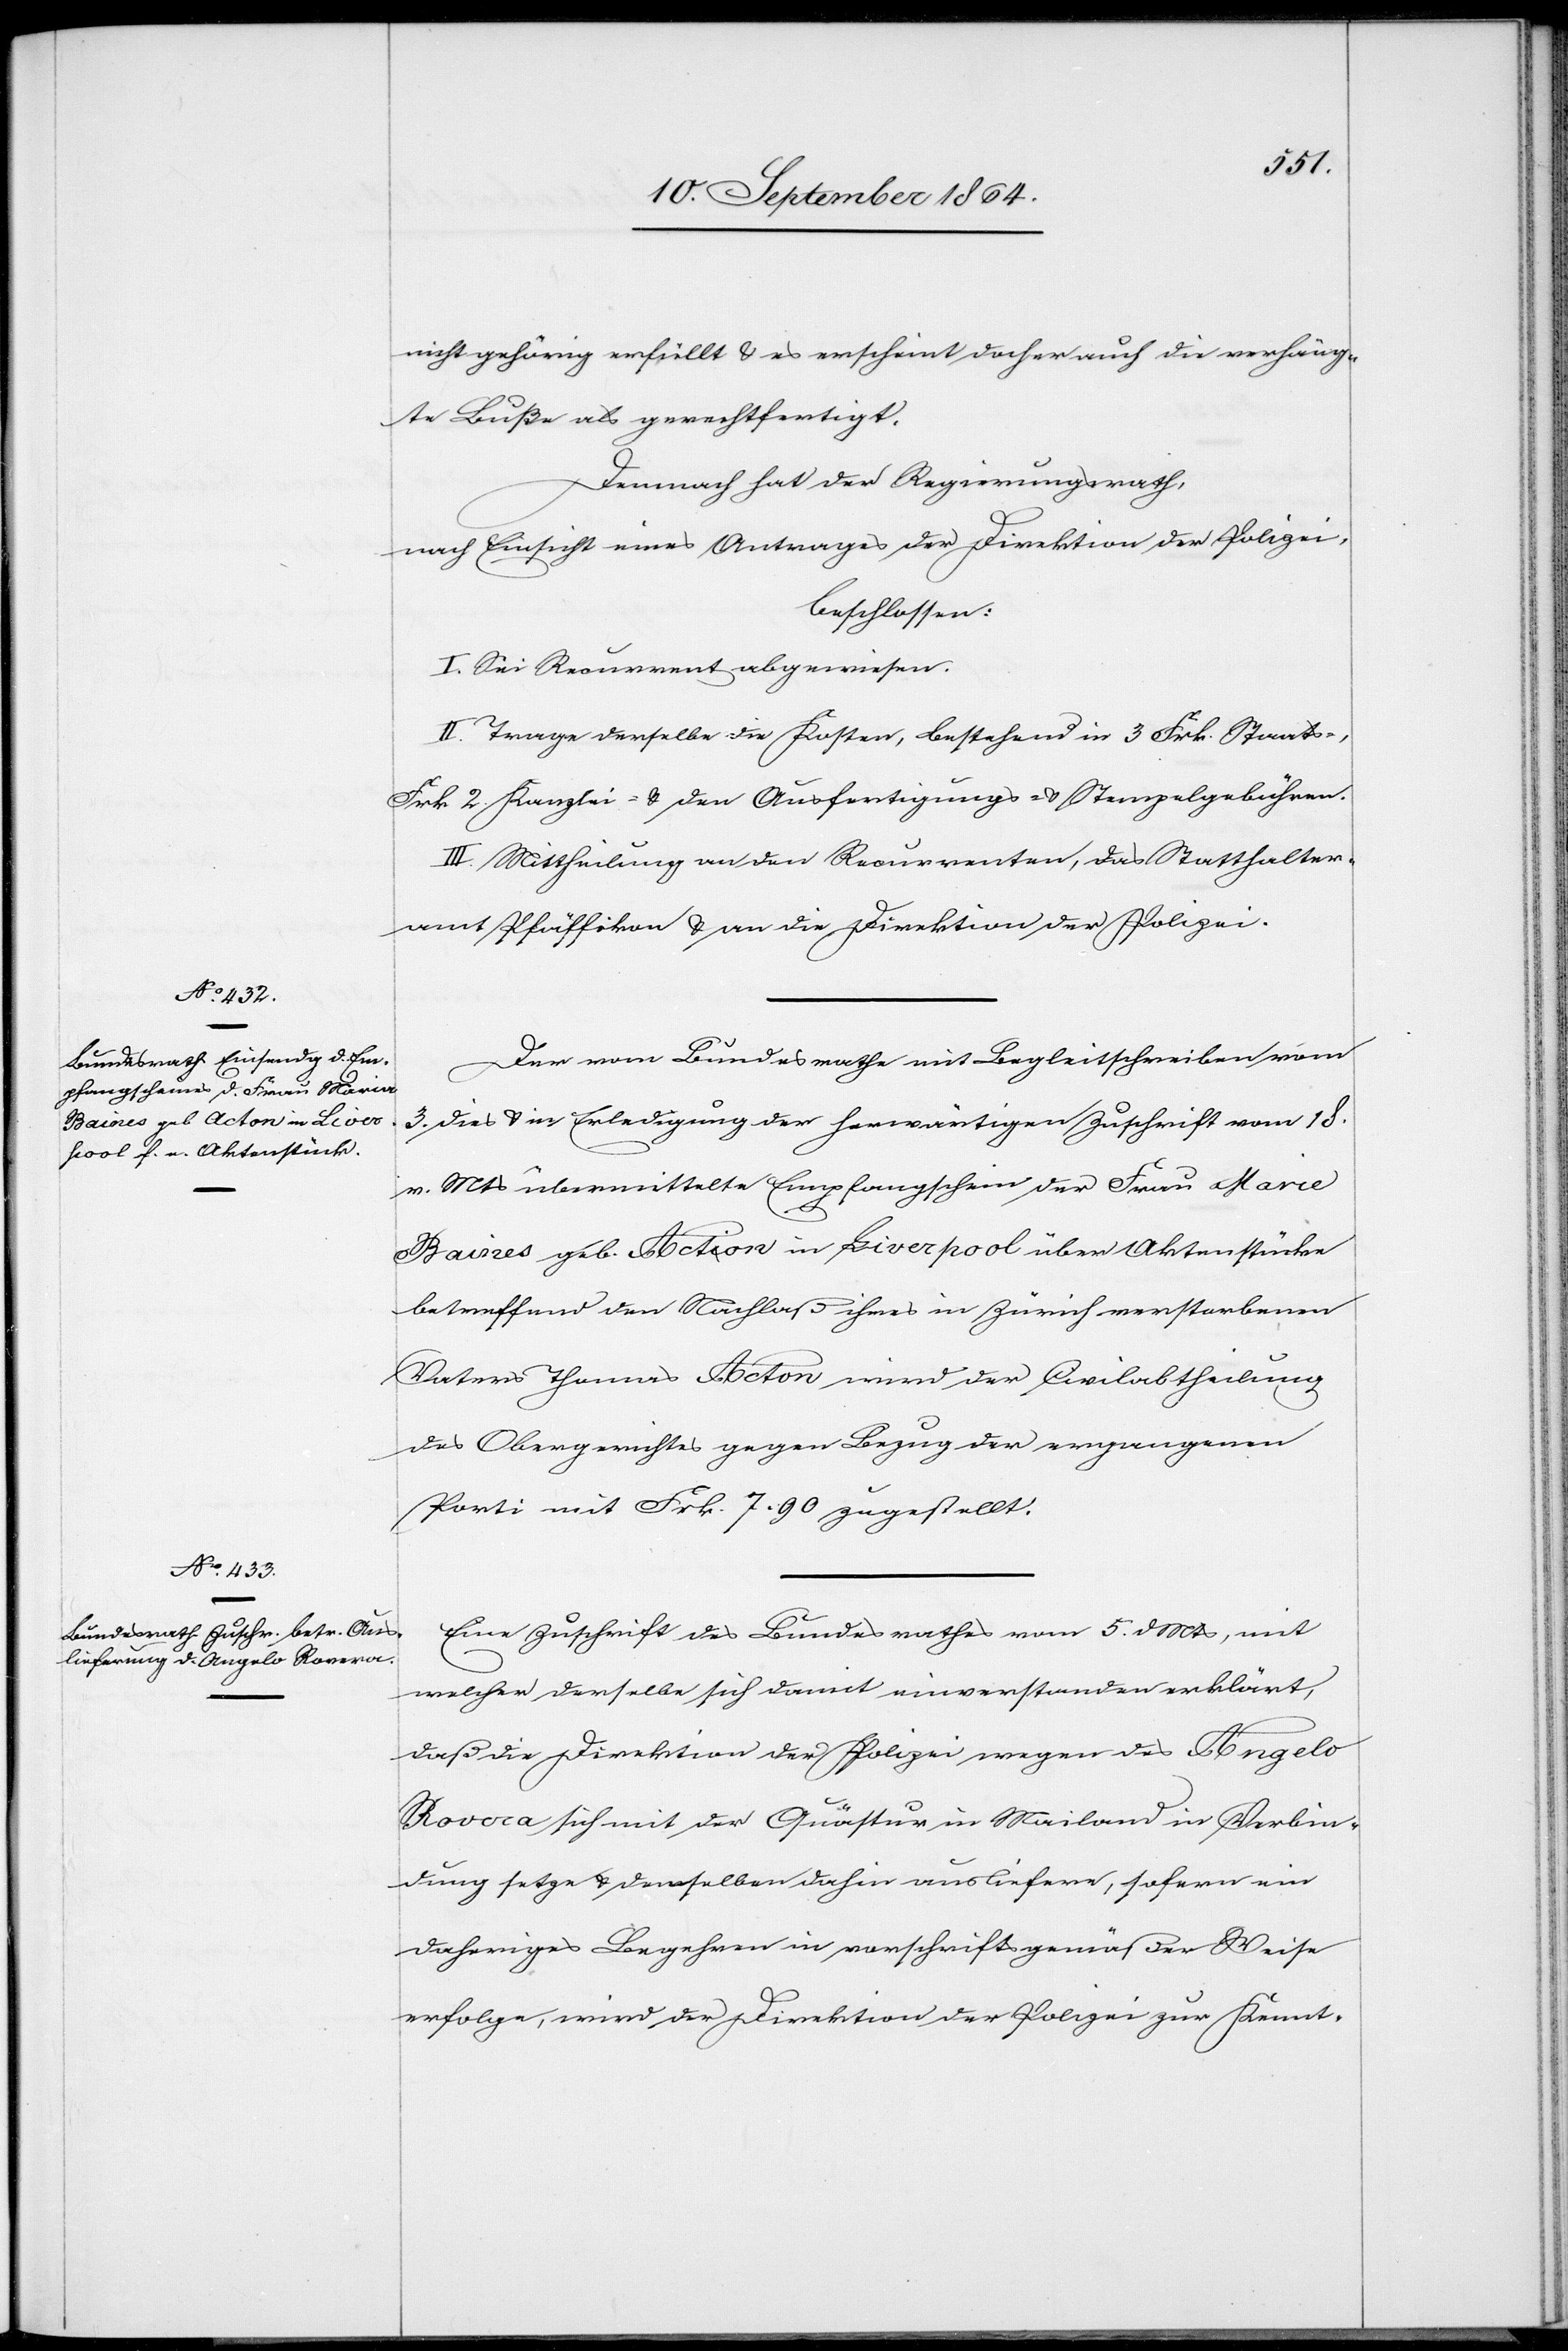
nicht gehörig erfüllt & es erscheint daher auch die verhäng¬
te Buße als gerechtfertigt.
Demnach hat der Regierungsrath,
nach Einsicht eines Antrages der Direktion der Polizei,
beschlossen:
I. Sei Recurrent abgewiesen.
II. Trage derselbe die Kosten, bestehend in 3 Frk. Staats-,
Frk. 2 Kanzlei- & den Ausfertigungs- & Stempelgebühren.
III. Mittheilung an den Recurrenten, das Statthalter¬
amt Pfäffikon & an die Direktion der Polizei.
Der vom Bundesrathe mit Begleitschreiben vom
3. dies & in Erledigung der herwärtigen Zuschrift vom 18.
v. Mts übermittelte Empfangschein der Frau Marie
Baines geb. Acton in Liverpool über Aktenstücke
betreffend den Nachlaß ihres in Zürich verstorbenen
Vaters Thomas Acton wird der Civilabtheilung
des Obergerichtes gegen Bezug der ergangenen
Porti mit Frk. 7.90 zugestellt.
Eine Zuschrift des Bundesrathes vom 5. d. Mts, mit
welcher derselbe sich damit einverstanden erklärt,
daß die Direktion der Polizei wegen des Angelo
Rovera sich mit der Quästur in Mailand in Verbin¬
dung setze & demselben dahin ausliefere, sofern ein
daheriges Begehren in vorschriftsgemäßer Weise
erfolge, wird der Direktion der Polizei zur Kennt-